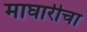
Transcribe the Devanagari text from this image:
माघारीचा